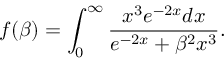
f ( \beta ) = \int _ { 0 } ^ { \infty } \frac { x ^ { 3 } e ^ { - 2 x } d x } { e ^ { - 2 x } + \beta ^ { 2 } x ^ { 3 } } .